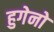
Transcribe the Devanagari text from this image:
हुगेनो